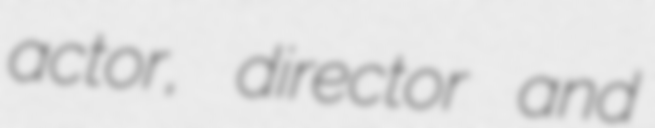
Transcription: actor, director and